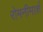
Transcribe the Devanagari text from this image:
रोमनीमार्श